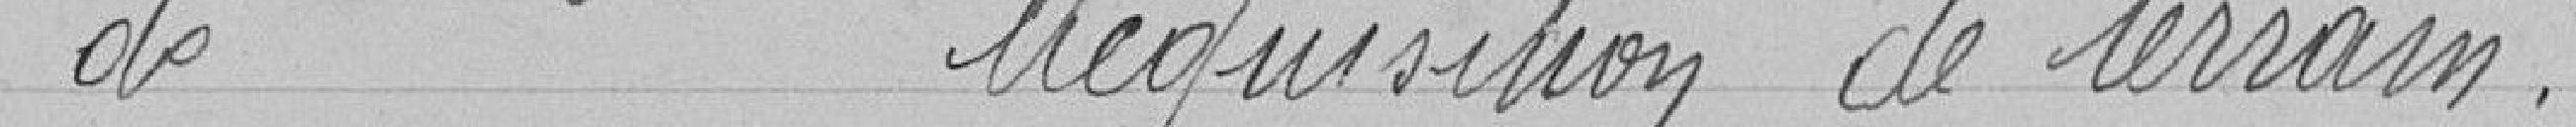
de réquisition de terrain